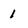
Character: 1